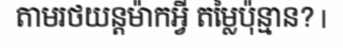
តាមរថយន្តម៉ាកអ្វី តម្លៃប៉ុន្មាន? |